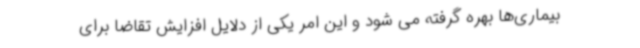
بیماری‌ها بهره گرفته می شود و این امر یکی از دلایل افزایش تقاضا برای